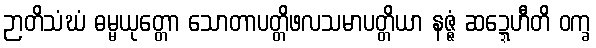
ဉာတိသံဃံ ဓမ္မယုတ္တော သောတာပတ္တိဖလသမာပတ္တိယာ နဇ္ဇံ ဆဍ္ဍေဟီတိ ဝက္ခ